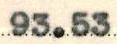
93.53